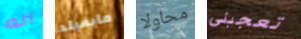
انه مايفيلد محاولا تعجبني